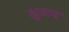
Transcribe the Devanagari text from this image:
क्षुअन